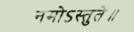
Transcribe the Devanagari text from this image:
नमोऽस्तुते॥